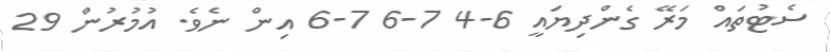
ސެޓުތައް މަރޭ ގެންދިޔައީ 6-4 7-6 7-6 އިން ނެވެ. އުމުރުން 29